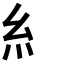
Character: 糹